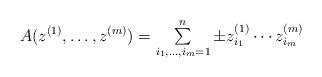
LaTeX: \begin{align*}\textstyle A(z^{(1)},\dots ,z^{(m)})=\sum\limits_{i_{1},\dots,i_{m}=1}^{n}\pm z_{i_{1}}^{(1)}\cdots z_{i_{m}}^{(m)} \end{align*}